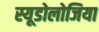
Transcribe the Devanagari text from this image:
स्यूडोलोजिया